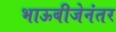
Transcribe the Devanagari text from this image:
भाऊबीजेनंतर